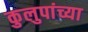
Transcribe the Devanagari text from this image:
कुलुपांच्या